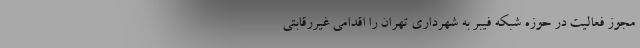
مجوز فعالیت در حوزه شبکه فیبر به شهرداری تهران را اقدامی غیررقابتی